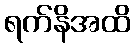
ရက်နိအထိ